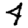
Digit: 4